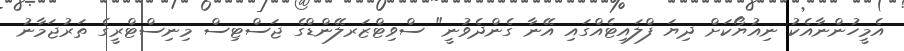
އެމީހުންނާއެކު ނިއުޔޯކަށް ދިޔަ ފްލައިޓެއްގައި އޭނާ ގެންދެވުނީ" ސްވިޓްޒަރލޭންޑްގެ ޖަސްޓިސް މިނިސްޓްރީގެ ތަރުޖަމާނު